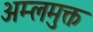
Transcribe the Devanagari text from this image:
अम्लमुक्त